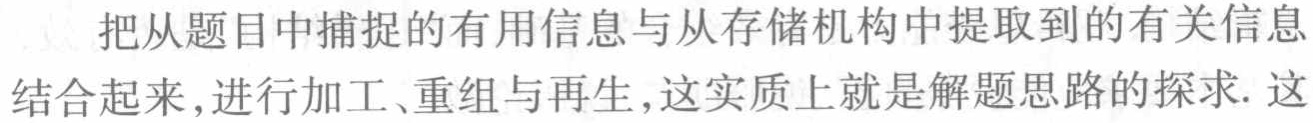
把从题目中捕捉的有用信息与从存储机构中提取到的有关信息结合起来,进行加工、重组与再生,这实质上就是解题思路的探求. 这